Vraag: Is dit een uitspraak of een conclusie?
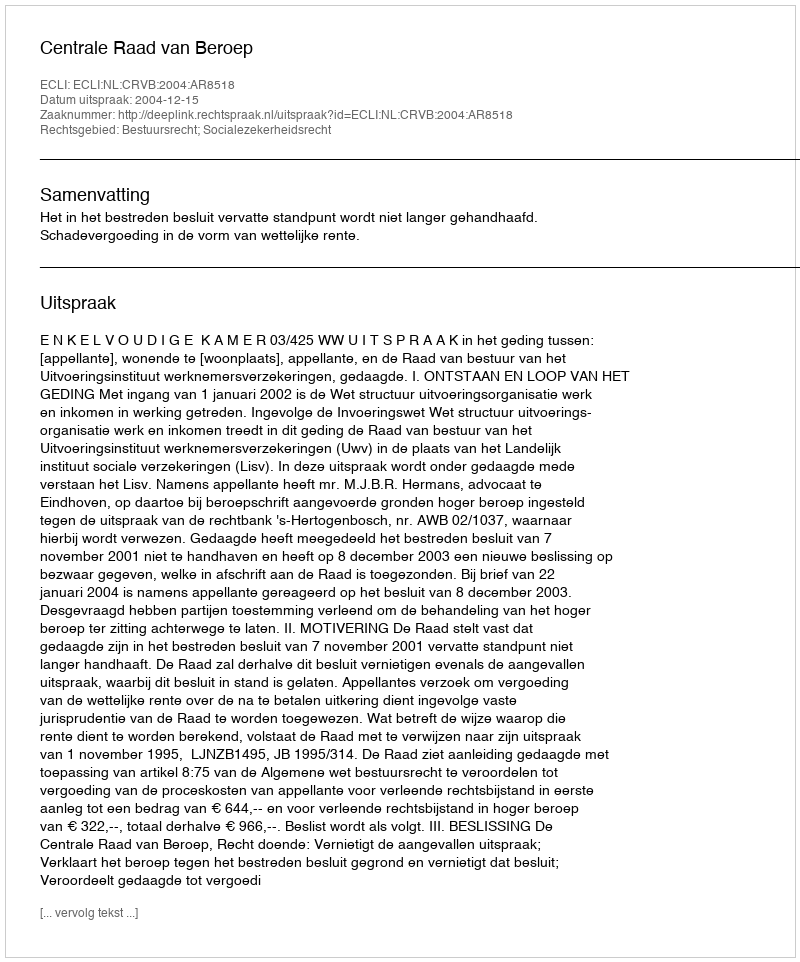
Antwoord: Uitspraak